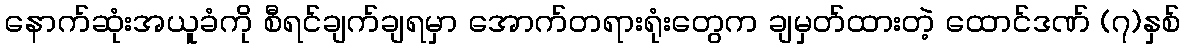
နောက်ဆုံးအယူခံကို စီရင်ချက်ချရမှာ အောက်တရားရုံးတွေက ချမှတ်ထားတဲ့ ထောင်ဒဏ် (၇)နှစ်